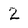
Character: 2